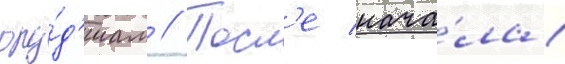
ору́д'иам // Посл'е нача́ла